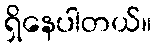
ရှိနေပါတယ်။